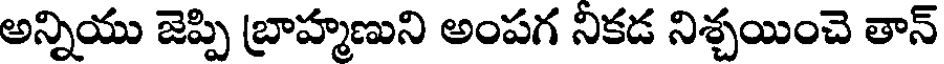
అన్నియు జెప్పి బ్రాహ్మణుని అంపగ నికడ నిశ్చయించె తాన్